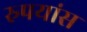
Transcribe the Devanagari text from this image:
रुपयांस